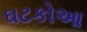
ઘટકોઆ